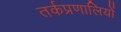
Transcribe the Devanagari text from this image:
तर्कप्रणालियों